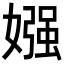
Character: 𡠤